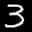
Label: 3